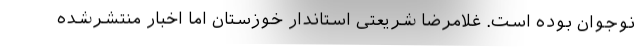
نوجوان بوده است. غلامرضا شریعتی استاندار خوزستان اما اخبار منتشرشده